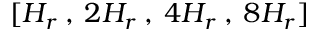
[ H _ { r } \: , \: 2 H _ { r } \: , \: 4 H _ { r } \: , \: 8 H _ { r } ]